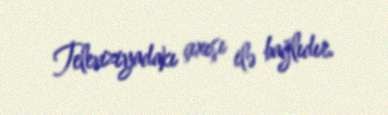
Televiziyadakı çıxışı ilə bağlıdır.